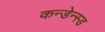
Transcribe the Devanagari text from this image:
कन्डेन्स्ड